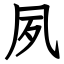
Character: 夙